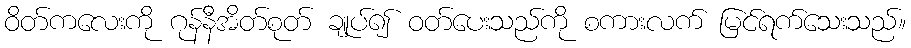
ဝိတ်ကလေးကို ဂုန်နီအိတ်စုတ် ချုပ်၍ ဝတ်ပေးသည်ကို စကားလက် မြင်ရက်သေးသည်။